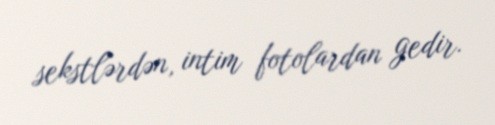
sekstlərdən, intim fotolardan gedir.